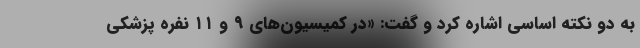
به دو نکته اساسی اشاره کرد و گفت: «در کمیسیون‌های ۹ و ۱۱ نفره پزشکی